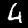
Digit: 4